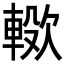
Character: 𣤖